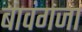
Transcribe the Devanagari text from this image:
बावंगजा